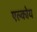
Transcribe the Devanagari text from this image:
एल्कोय